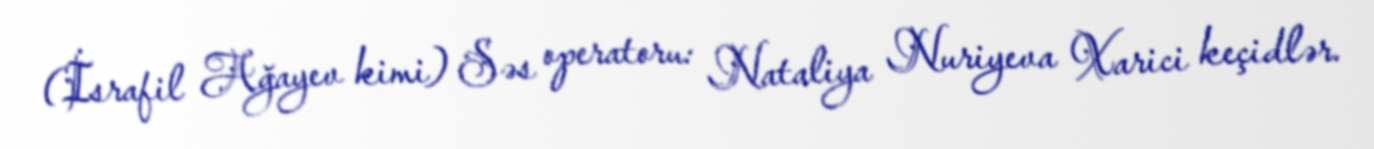
(İsrafil Ağayev kimi) Səs operatoru: Nataliya Nuriyeva Xarici keçidlər.